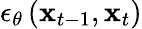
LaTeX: \epsilon_{\theta}\left(\mathbf{x}_{t-1},\mathbf{x}_{t}\right)